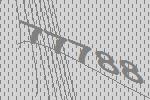
77788